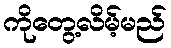
ကိုတွေ့လိမ့်မည်